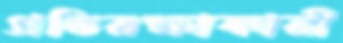
প্রতিরক্ষাকারী